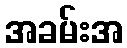
အခမ်းအ